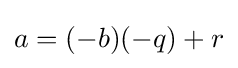
a=(-b)(-q)+r